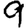
Digit: 9